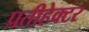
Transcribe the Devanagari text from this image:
प्रतीहेक्टर